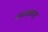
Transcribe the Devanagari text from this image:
नम्माळ्वार्